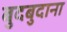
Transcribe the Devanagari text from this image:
बुदबुदाना